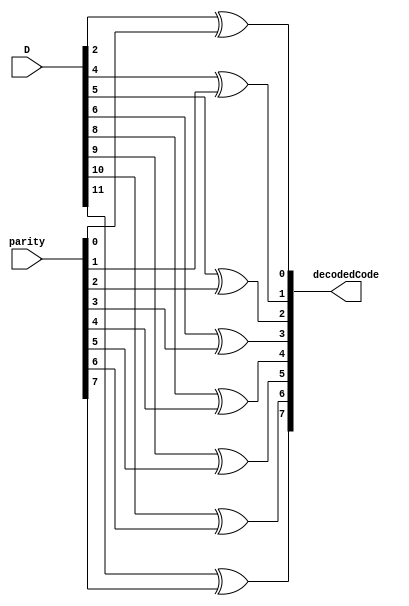
`timescale 1ns / 1ps
//////////////////////////////////////////////////////////////////////////////////
// Company: 
// Engineer: 
// 
// Design Name: 
// Module Name:    xor_operation 
// Project Name: 
// Target Devices: 
// Tool versions: 
// Description: 
//
// Dependencies: 
//
// Revision: 
// Revision 0.01 - File Created
// Additional Comments: 
//
//////////////////////////////////////////////////////////////////////////////////
module xor_operation(input [12:1]D, input [8:1]parity, output [8:1]decodedCode);
//assign decodedCode[1]=D[1]^parity[1];
//assign decodedCode[2]=D[2]^parity[2];
assign decodedCode[1]=D[3]^parity[1];
//assign decodedCode[4]=D[4]^parity[4];
assign decodedCode[2]=D[5]^parity[2];
assign decodedCode[3]=D[6]^parity[3];
assign decodedCode[4]=D[7]^parity[4];
//assign decodedCode[8]=D[8]^parity[8];
assign decodedCode[5]=D[9]^parity[5];
assign decodedCode[6]=D[10]^parity[6];
assign decodedCode[7]=D[11]^parity[7];
assign decodedCode[8]=D[12]^parity[8];
endmodule